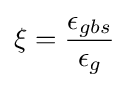
\xi ={\epsilon _{gbs} \over \epsilon _{g}}